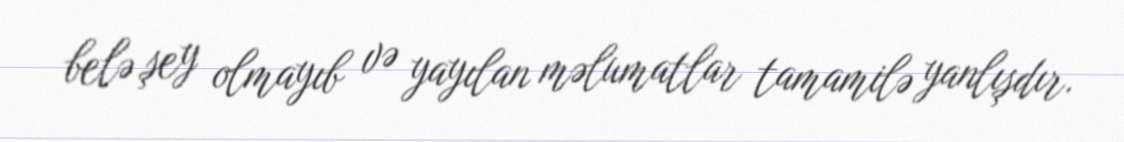
belə şey olmayıb və yayılan məlumatlar tamamilə yanlışdır.